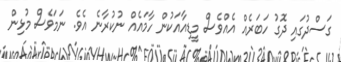
ގަސްދުގައި ދޮގު ހަބަރެއް އެއްވެސް މީޑިއާއަކުން ހާމައެއް ނުކުރާނެ އެވެ. ނަމަވެސް މުޅިން